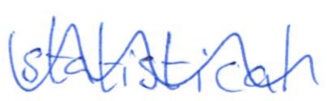
Text: statistical
Cross-out: mix
Writing tool: ballpoint